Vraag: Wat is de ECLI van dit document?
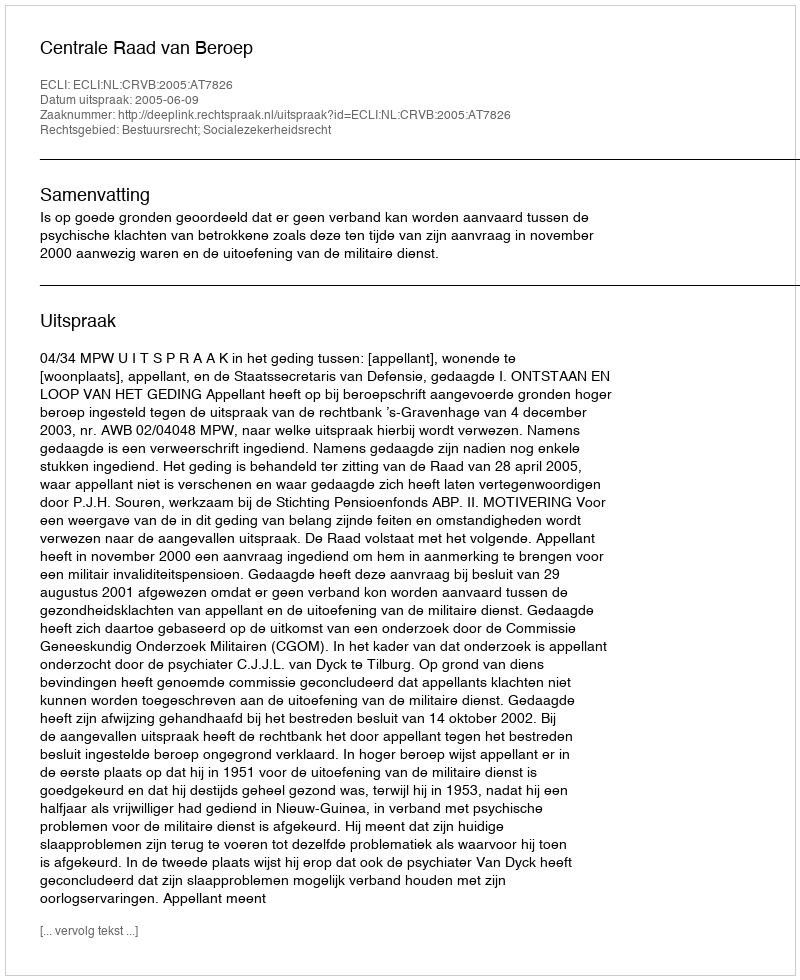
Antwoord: ECLI:NL:CRVB:2005:AT7826